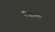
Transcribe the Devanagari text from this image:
मुखाग्नी